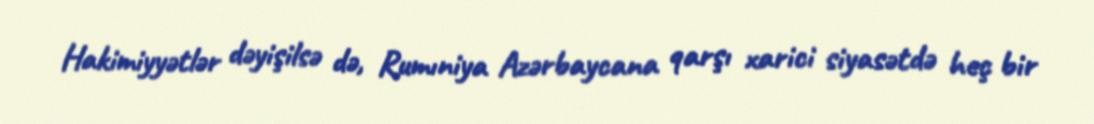
Hakimiyyətlər dəyişilsə də, Rumıniya Azərbaycana qarşı xarici siyasətdə heç bir